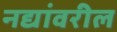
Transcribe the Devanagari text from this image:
नद्यांवरील